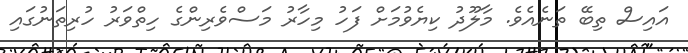
އައިސް ތިބޭ ތަނެއެވެ. މާލޫދު ކިޔެވުމަށް ފަހު މިހާރު މަސްވެރިންގެ ހިތްވަރު ހުރިތަނުގައި